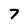
Character: 7